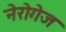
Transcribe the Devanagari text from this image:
नेरोगेज